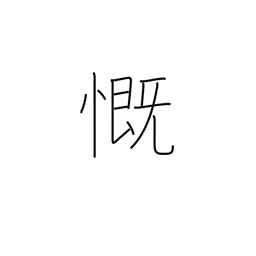
Meaning: rue